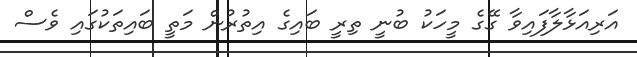
އަރިއަޅާލާފައިވާ ގޭގެ މީހަކު ބުނީ ތިރީ ބައިގެ އިތުރުން މަތީ ބައިތަކުގައި ވެސް